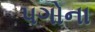
પગોના